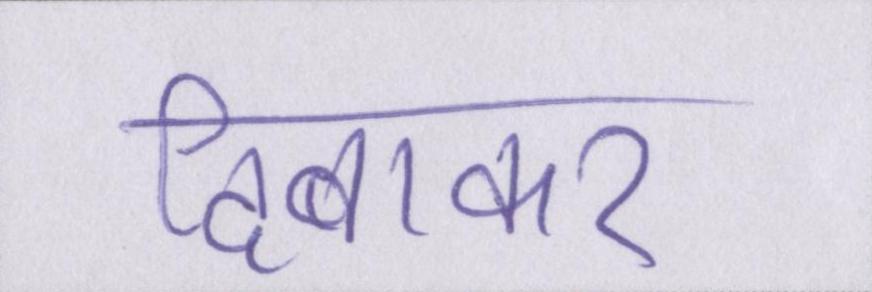
दिबाकर